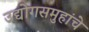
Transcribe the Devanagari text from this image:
उद्योगसमुहांचे